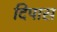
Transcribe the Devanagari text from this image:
दिपास